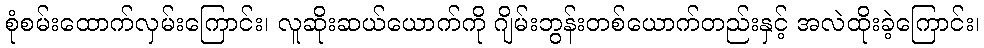
စုံစမ်းထောက်လှမ်းကြောင်း၊ လူဆိုးဆယ်ယောက်ကို ဂျိမ်းဘွန်းတစ်ယောက်တည်းနှင့် အလဲထိုးခဲ့ကြောင်း၊